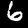
Label: 6